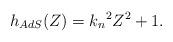
LaTeX: \begin{align*}h_{AdS}(Z) = {k_n}^2 Z^2 + 1.\end{align*}